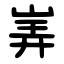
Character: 㟖